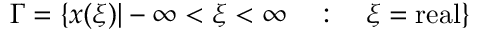
\Gamma = \{ x ( \xi ) | - \infty < \xi < \infty \ \ \ : \ \ \ \xi = \mathrm { r e a l } \}